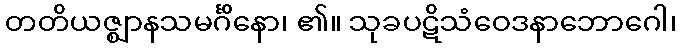
တတိယဇ္ဈာနသမင်္ဂိနော၊ ၏။ သုခပဋိသံဝေဒနာဘောဂေါ၊